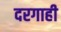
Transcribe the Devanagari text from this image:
दरगाही